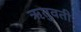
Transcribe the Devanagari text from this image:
ऋतुवती